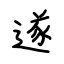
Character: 遂